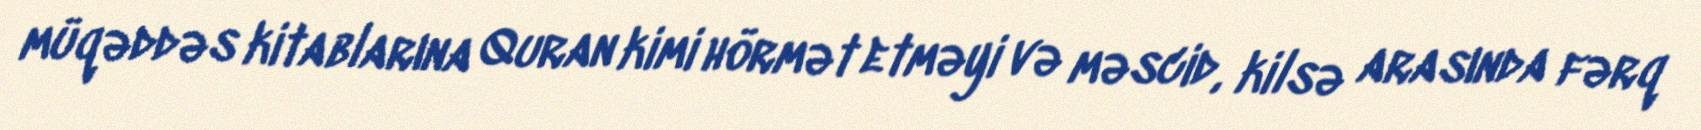
müqəddəs kitablarına Quran kimi hörmət etməyi və məscid, kilsə arasında fərq